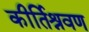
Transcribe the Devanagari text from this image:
कीर्तिश्रवण